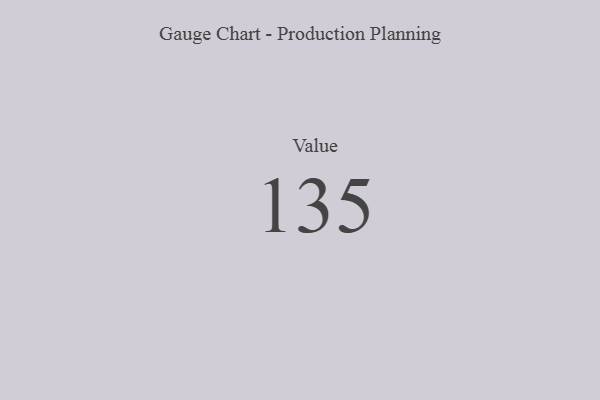
{"axis": {"x": "Metric", "y": "Value"}, "legend": [""], "data": [{"x": "Value", "y": 135, "type": ""}]}